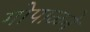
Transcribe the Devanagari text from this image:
गोपाळने